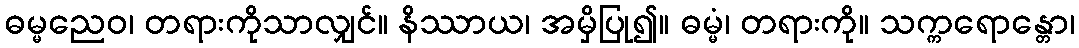
ဓမ္မညေဝ၊ တရားကိုသာလျှင်။ နိဿာယ၊ အမှိပြု၍။ ဓမ္မံ၊ တရားကို။ သက္ကရောန္တော၊